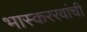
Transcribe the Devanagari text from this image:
भास्कररवांची